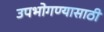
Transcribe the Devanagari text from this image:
उपभोगण्यासाठी